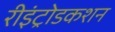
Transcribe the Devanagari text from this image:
रीइंट्रोडकशन